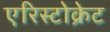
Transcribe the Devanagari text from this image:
एरिस्टोक्रेट